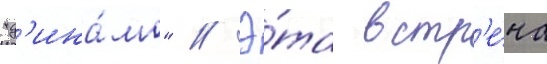
"д'ина́мо" // Э́та встр'е́ча